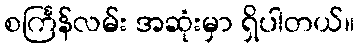
စင်္ကြန်လမ်း အဆုံးမှာ ရှိပါတယ်။